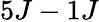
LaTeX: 5J-1J